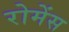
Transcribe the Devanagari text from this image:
रोमेंस